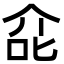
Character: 㖋